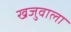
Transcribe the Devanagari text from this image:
खजुवाला